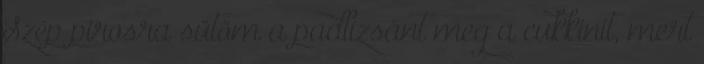
Szép pirosra sütöm a padlizsánt meg a cukkinit, mert